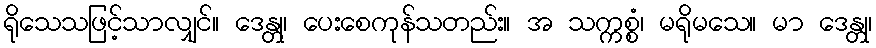
ရိုသေသဖြင့်သာလျှင်။ ဒေန္တု၊ ပေးစေကုန်သတည်း။ အ သက္ကစ္စံ၊ မရိုမသေ။ မာ ဒေန္တု၊